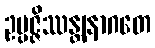
ဥပ္ပဇ္ဇိဿန္တျနာဂတေ